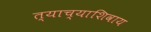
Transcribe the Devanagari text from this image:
त्याच्याशिवाय